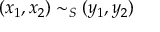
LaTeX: ( x _ { 1 } , x _ { 2 } ) \sim _ { S } ( y _ { 1 } , y _ { 2 } )